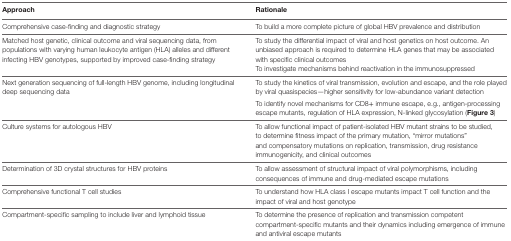
| Approach | Rationale |
 | --- | --- |
 | Comprehensive case-finding and diagnostic strategy | To build a more complete picture of global HBV prevalence and distribution |
 | Matched host genetic, clinical outcome and viral sequencing data, from populations with varying human leukocyte antigen (HLA) alleles and different infecting HBV genotypes, supported by improved case-finding strategy | To study the differential impact of viral and host genetics on host outcome. An unbiased approach is required to determine HLA genes that may be associated with specific clinical outcomesTo investigate mechanisms behind reactivation in the immunosuppressed |
 | Next generation sequencing of full-length HBV genome, including longitudinal deep sequencing data | To study the kinetics of viral transmission, evolution and escape, and the role played by viral quasispecies—higher sensitivity for low-abundance variant detectionTo identify novel mechanisms for CD8+ immune escape, e.g., antigen-processing escape mutants, regulation of HLA expression, N-linked glycosylation (Figure 3) |
 | Culture systems for autologous HBV | To allow functional impact of patient-isolated HBV mutant strains to be studied, to determine fitness impact of the primary mutation, “mirror mutations” and compensatory mutations on replication, transmission, drug resistance immunogenicity, and clinical outcomes |
 | Determination of 3D crystal structures for HBV proteins | To allow assessment of structural impact of viral polymorphisms, including consequences of immune and drug-mediated escape mutations |
 | Comprehensive functional T cell studies | To understand how HLA class I escape mutants impact T cell function and the impact of viral and host genotype |
 | Compartment-specific sampling to include liver and lymphoid tissue | To determine the presence of replication and transmission competent compartment-specific mutants and their dynamics including emergence of immune and antiviral escape mutants |